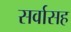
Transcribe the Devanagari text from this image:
सर्वासह